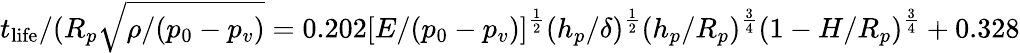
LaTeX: t_{\mathrm{life}}/(R_{p}\sqrt{\rho/(p_{0}-p_{v})}=0.202[E/(p_{0}-p_{v})]^{\frac{1}{2}}(h_{p}/\delta)^{\frac{1}{2}}(h_{p}/R_{p})^{\frac{3}{4}}(1-H/R_{p})^{\frac{3}{4}}+0.328